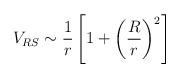
LaTeX: \begin{align*}V_{RS} \sim \frac{1}{r} \left[ 1 + \left(\frac{R}{r}\right)^2\right]\end{align*}